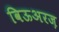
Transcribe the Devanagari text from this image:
विऊअरज़